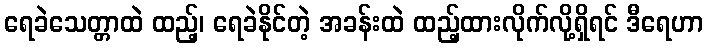
ရေခဲသေတ္တာထဲ ထည့်၊ ရေခဲနိုင်တဲ့ အခန်းထဲ ထည့်ထားလိုက်လို့ရှိရင် ဒီရေဟာ